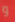
و